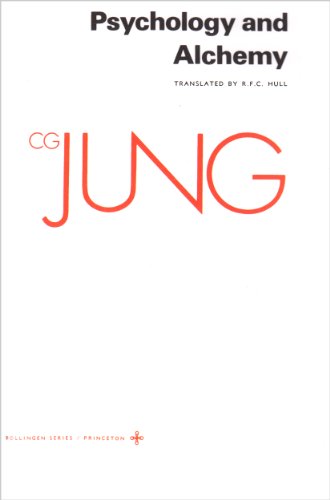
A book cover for Psychology and Alchemy (Collected Works of C.G. Jung Vol.12); C. G. Jung; Medical Books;